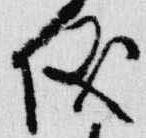
儀